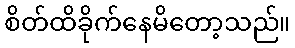
စိတ်ထိခိုက်နေမိတော့သည်။